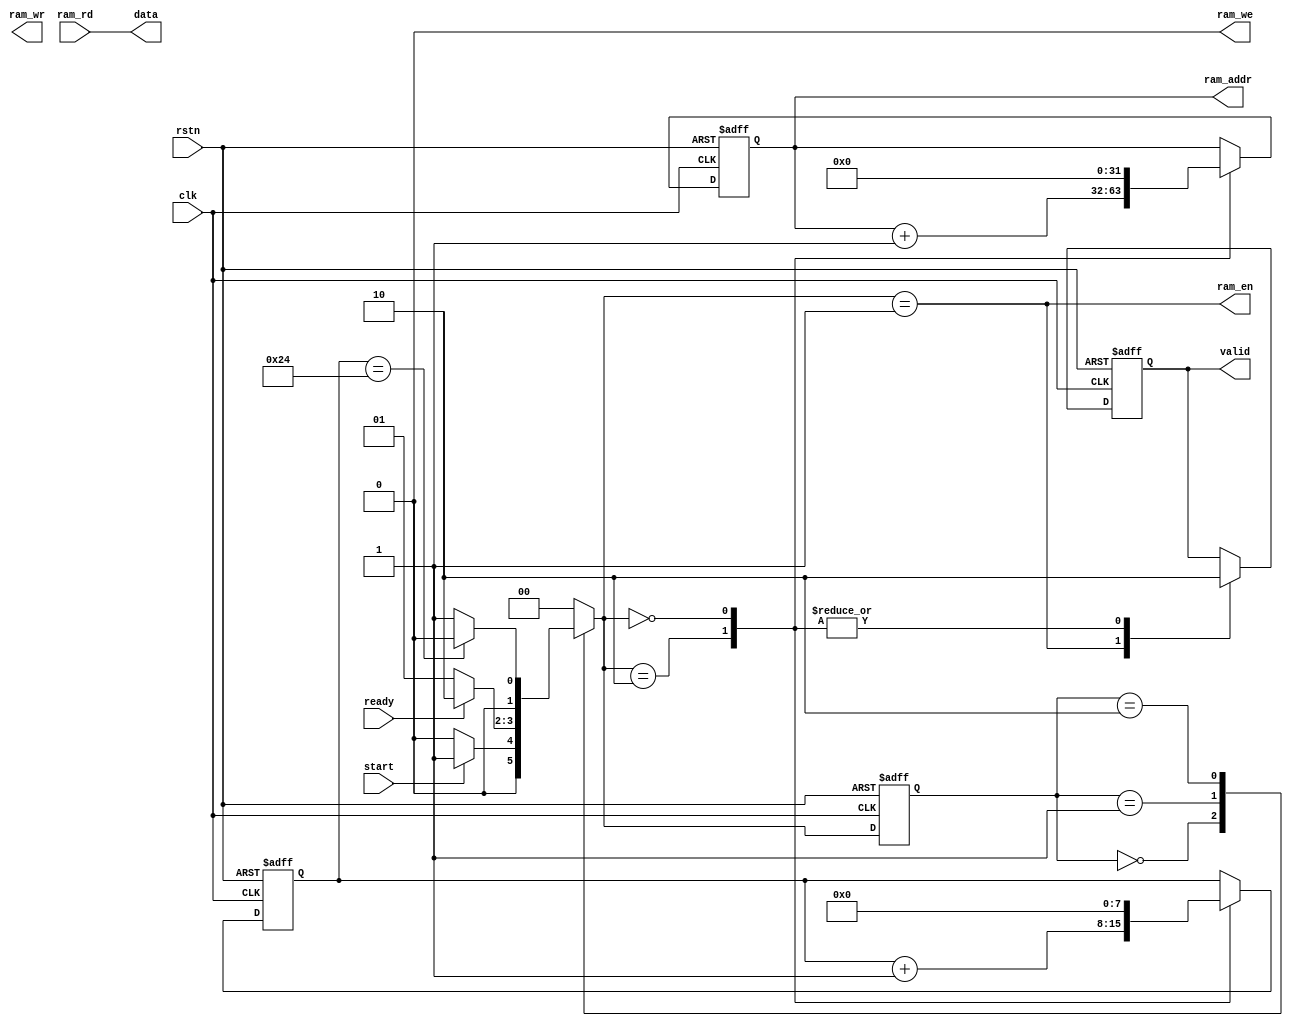
module ram_read_ctrl #(
    parameter H = 6,
    parameter W = 6
)(
    input clk,
    input rstn,

    input start,

    output [7:0] data,
    output reg valid,
    input ready,

    output ram_en,
    output reg [31:0] ram_addr,
    output ram_we,
    output reg [7:0] ram_wr,
    input [7:0] ram_rd
);
    reg [7:0] cnt;
    parameter matrix_size = H * W;
    parameter ram_ctrl_idle = 2'd0;
    parameter ram_ctrl_read = 2'd1;
    parameter ram_ctrl_send = 2'd2;
    reg [1:0] state,nextstate;

    assign data = ram_rd;
    assign ram_we = 1'b0;
    assign ram_en = (nextstate == ram_ctrl_read);

    always @(posedge clk or negedge rstn) begin
        if (~rstn) begin
            valid <= 0;
            ram_addr <= 0;
            cnt <= 0;
        end
        else case (nextstate)
            ram_ctrl_read: begin
                valid <= 1'b1;
            end
            ram_ctrl_send: begin
                valid <= 0;
                cnt <= cnt + 1'b1;
                ram_addr <= ram_addr + 1'b1;
            end
            ram_ctrl_idle: begin
                valid <= 0;
                cnt <= 0;
                ram_addr <= 0;
            end
        endcase
    end

    always @(posedge clk or negedge rstn) begin
        if (~rstn)
            state <= ram_ctrl_idle;
        else
            state <= nextstate;
    end

    always @(*) begin
        case (state)
            ram_ctrl_idle:
                if (start)
                    nextstate = ram_ctrl_read;
                else
                    nextstate = ram_ctrl_idle;
            ram_ctrl_read:
                if (ready)
                    nextstate = ram_ctrl_send;
                else
                    nextstate = ram_ctrl_read;
            ram_ctrl_send:
                if (cnt == matrix_size)
                    nextstate = ram_ctrl_idle;
                else
                    nextstate = ram_ctrl_read;
            default:
                    nextstate = ram_ctrl_idle;
        endcase
    end

endmodule